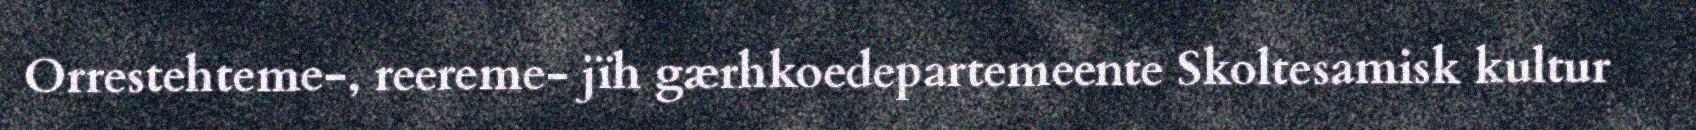
Orrestehteme-, reereme- jïh gærhkoedepartemeente Skoltesamisk kultur